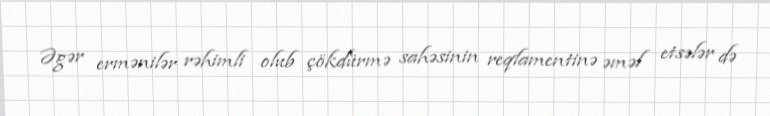
Əgər ermənilər rəhimli olub çökdürmə sahəsinin reqlamentinə əməl etsələr də